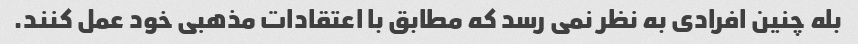
بله چنین افرادی به نظر نمی رسد که مطابق با اعتقادات مذهبی خود عمل کنند.